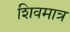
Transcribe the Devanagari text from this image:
शिवमात्र